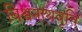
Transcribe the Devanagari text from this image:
विश्वनाथवृत्ति